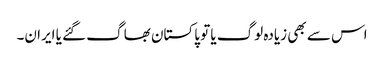
اس سے بھی زیادہ لوگ یا تو پاکستان بھاگ گئے یا ایران۔